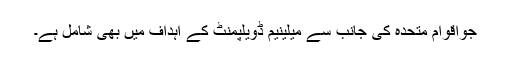
جواقوام متحدہ کی جانب سے میلینیم ڈویلپمنٹ کے اہداف میں بھی شامل ہے۔